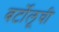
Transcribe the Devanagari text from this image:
बर्टोलूची